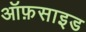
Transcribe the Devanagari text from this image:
ऑफ़साइड